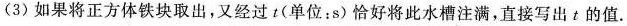
(3) 如果将正方体铁块取出，又经过 t (单位：s) 恰好将此水槽注满，直接写出 t 的值.